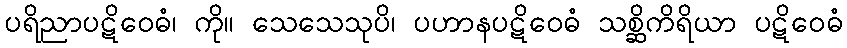
ပရိညာပဋိဝေဓံ၊ ကို။ သေသေသုပိ၊ ပဟာနပဋိဝေဓံ သစ္ဆိကိရိယာ ပဋိဝေဓံ